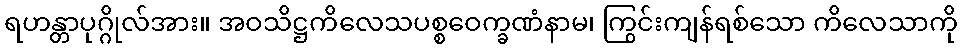
ရဟန္တာပုဂ္ဂိုလ်အား။ အဝသိဋ္ဌကိလေသပစ္စဝေက္ခဏံနာမ၊ ကြွင်းကျန်ရစ်သော ကိလေသာကို